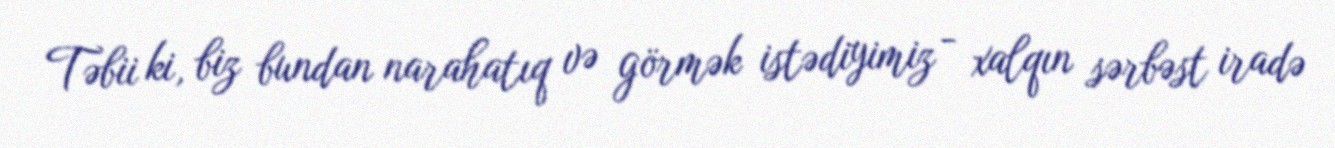
Təbii ki, biz bundan narahatıq və görmək istədiyimiz - xalqın sərbəst iradə